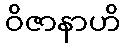
ဝိဇာနာဟိ